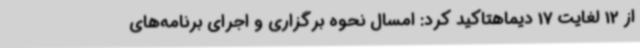
از 12 لغایت 17 دیماهتاکید کرد: امسال نحوه برگزاری و اجرای برنامه‌های